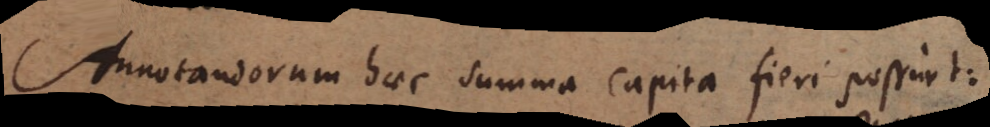
Annotandorum haec summa capita fieri possunt: